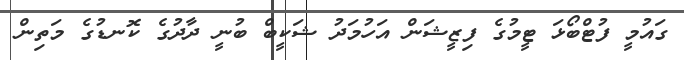
ގައުމީ ފުޓްބޯޅަ ޓީމުގެ ފިޒީޝަން އަހުމަދު ޝަކީބް ބުނީ ދާދުގެ ކޮނޑުގެ މަތިން